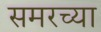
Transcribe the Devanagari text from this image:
समरच्या